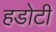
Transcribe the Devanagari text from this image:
हडोटी